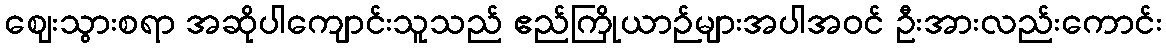
ဈေးသွားစရာ အဆိုပါကျောင်းသူသည် ဧည်ကြိုယာဉ်များအပါအဝင် ဦးအားလည်းကောင်း